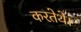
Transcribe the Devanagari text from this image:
करतेथे।